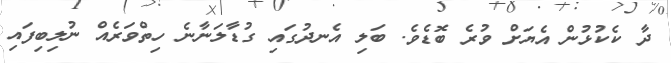
ދާ ކެކުޅުން އެޔަށް ވުރެ ބޮޑެވެ. ބަލި އެނދުގައި ގުޑާލަނާނެ ހިތްވަރެއް ނުލިބިފައި